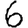
Digit: 6